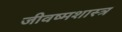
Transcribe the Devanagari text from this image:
जीवष्मशास्त्र